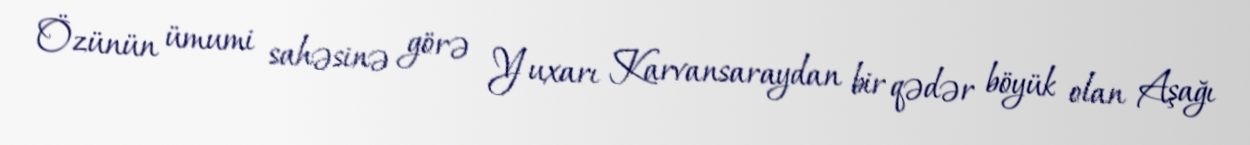
Özünün ümumi sahəsinə görə Yuxarı Karvansaraydan bir qədər böyük olan Aşağı